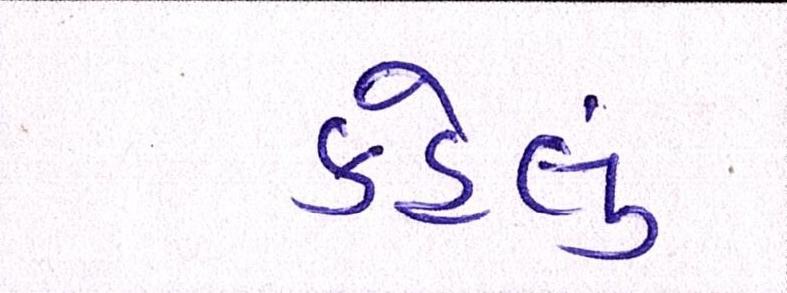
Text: કહેલું